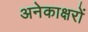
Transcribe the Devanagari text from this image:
अनेकाक्षरों